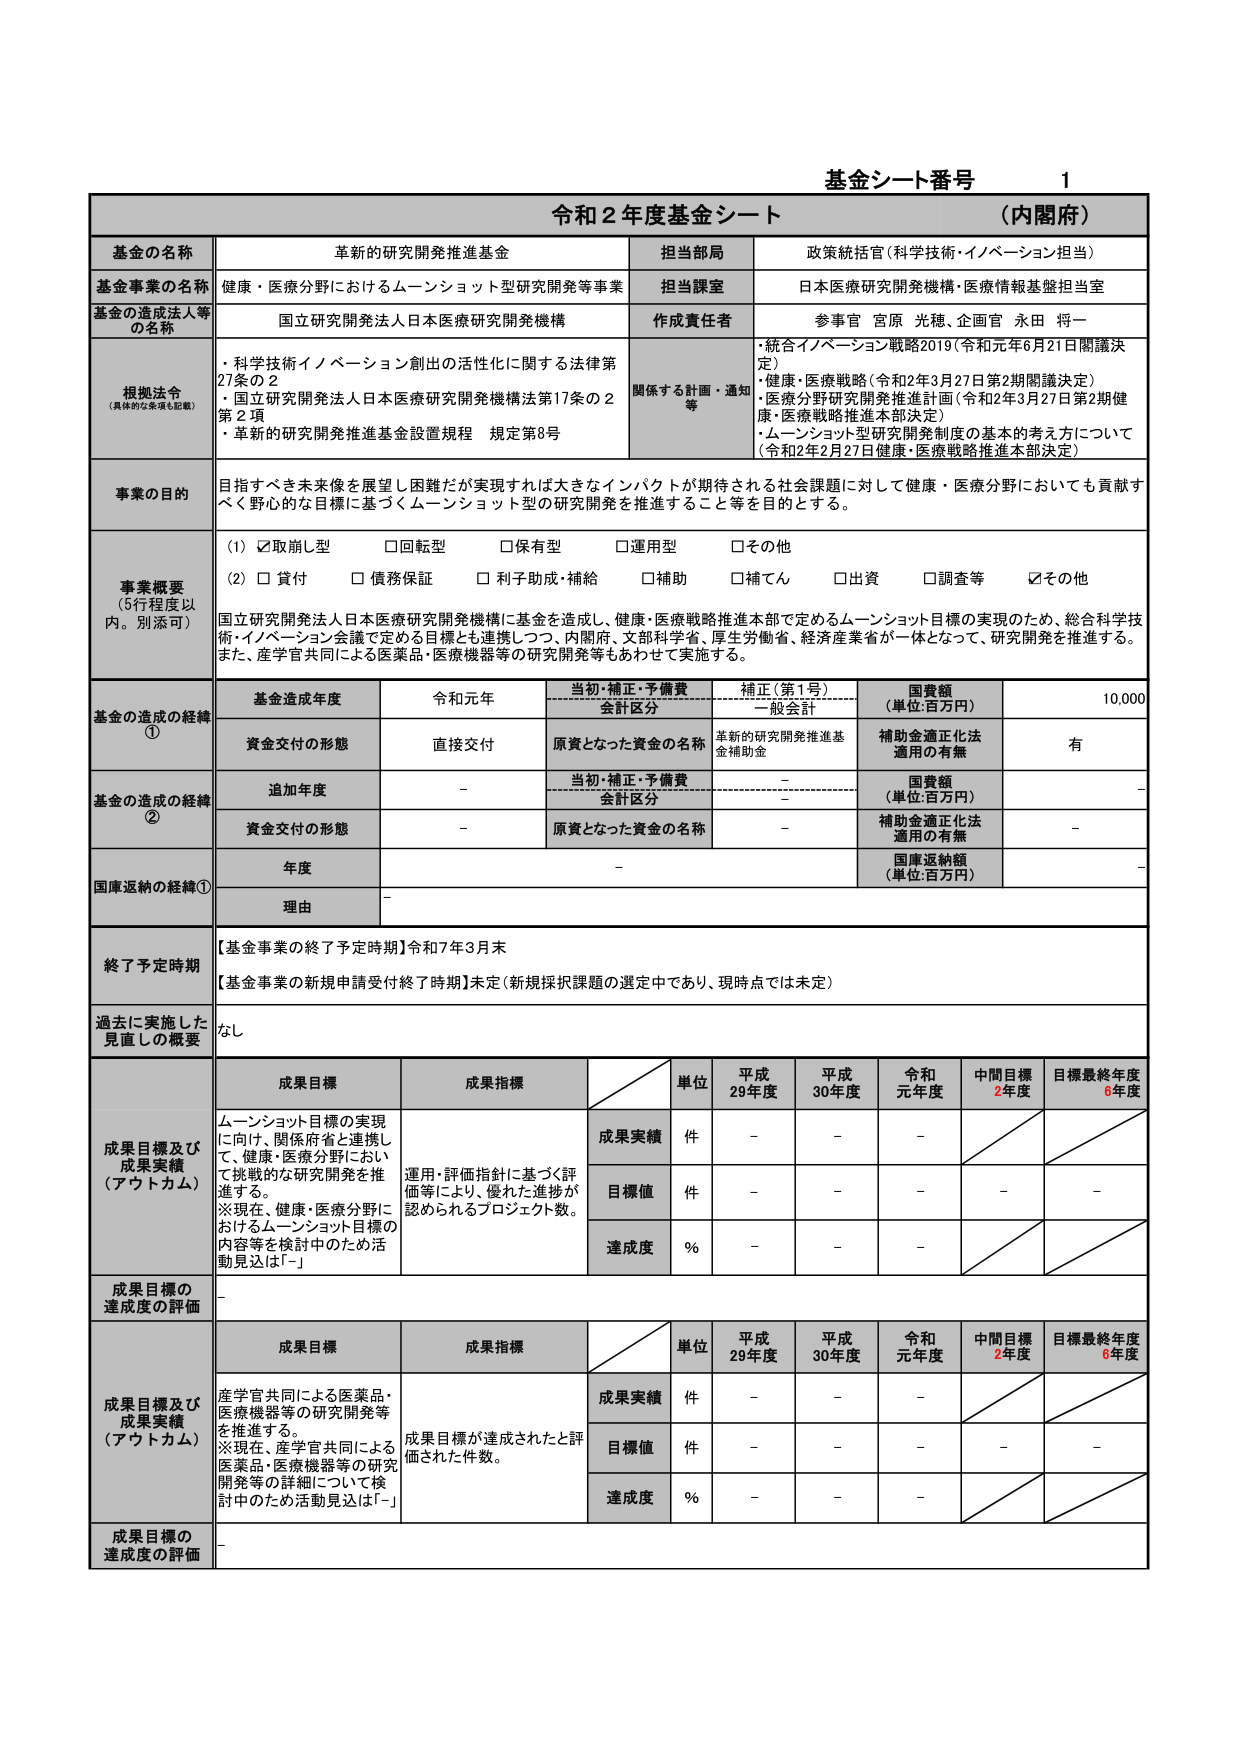
基金シート番号 1
令和2年度基金シート （内閣府）

基金の名称 革新的研究開発推進基金
担当部局 政策統括官（科学技術・イノベーション担当）

基金事業の名称 健康・医療分野におけるムーンショット型研究開発等事業
担当課室 日本医療研究開発機構・医療情報基盤担当室

基金の造成法人等の名称 国立研究開発法人日本医療研究開発機構
作成責任者 参事官 宮原 光穂、企画官 永田 将一

根拠法令（具体的な条項も記載）
・科学技術イノベーション創出の活性化に関する法律第27条の2
・国立研究開発法人日本医療研究開発機構法第17条の2第2項
・革新的研究開発推進基金設置規程 規定第8号

関係する計画・通知等
・統合イノベーション戦略2019（令和元年6月21日閣議決定）
・健康・医療戦略（令和2年3月27日第2期閣議決定）
・医療分野研究開発推進計画（令和2年3月27日第2期健康・医療戦略推進本部決定）
・ムーンショット型研究開発制度の基本的考え方について（令和2年2月27日健康・医療戦略推進本部決定）

事業の目的
目指すべき未来像を展望し困難だが実現すれば大きなインパクトが期待される社会課題に対して健康・医療分野においても貢献すべく野心的な目標に基づくムーンショット型の研究開発を推進すること等を目的とする。

事業概要（5行程度以内。別添可）
(1) ☑取崩し型 □回転型 □保有型 □運用型 □その他
(2) □貸付 □債務保証 □利子助成・補給 □補助 □補てん □出資 □調査等 ☑その他

国立研究開発法人日本医療研究開発機構に基金を造成し、健康・医療戦略推進本部で定めるムーンショット目標の実現のため、総合科学技術・イノベーション会議で定める目標とも連携しつつ、内閣府、文部科学省、厚生労働省、経済産業省が一体となって、研究開発を推進する。また、産学官共同による医薬品・医療機器等の研究開発等もあわせて実施する。

基金の造成の経緯①
基金造成年度 令和元年
当初・補正・予備費会計区分 補正（第1号）一般会計
国費額（単位：百万円） 10,000
資金交付の形態 直接交付
原資となった資金の名称 革新的研究開発推進基金補助金
補助金適正化法適用の有無 有

基金の造成の経緯②
追加年度 -
当初・補正・予備費会計区分 -
国費額（単位：百万円） -
資金交付の形態 -
原資となった資金の名称 -
補助金適正化法適用の有無 -

国庫返納の経緯①
年度 -
国庫返納額（単位：百万円） -
理由 -

終了予定時期
【基金事業の終了予定時期】令和7年3月末
【基金事業の新規申請受付終了時期】未定（新規採択課題の選定中であり、現時点では未定）

過去に実施した見直しの概要 なし

成果目標及び成果実績（アウトカム）
成果目標 ムーンショット目標の実現に向け、関係府省と連携して、健康・医療分野において挑戦的な研究開発を推進する。
※現在、健康・医療分野におけるムーンショット目標の内容等を検討中のため活動見込は「-」
成果指標 運用・評価指針に基づく評価等により、優れた進捗が認められるプロジェクト数。
単位 成果実績 件 - - -
目標値 件 - - - - -
達成度 % - - -

成果目標の達成度の評価 -

成果目標及び成果実績（アウトカム）
成果目標 産学官共同による医薬品・医療機器等の研究開発等を推進する。
※現在、産学官共同による医薬品・医療機器等の研究開発等の詳細について検討中のため活動見込は「-」
成果指標 成果目標が達成されたと評価された件数。
単位 成果実績 件 - - -
目標値 件 - - - - -
達成度 % - - -

成果目標の達成度の評価 -